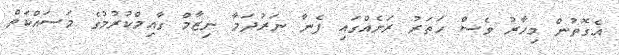
އެގޮތުން މިހާރު ވެސް ހަތަރު ރަށެއްގައި ފެނާ ނަރުދަމާ ނިޒާމް ގާއިމްކުރުމުގެ މަސައްކަތް